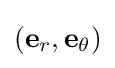
(\mathbf {e} _{r},\mathbf {e} _{\theta })